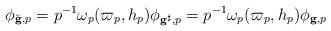
LaTeX: \begin{align*}\phi_{\breve{\mathbf g},p} = p^{-1}\omega_p(\varpi_p, h_p)\phi_{\mathbf g^{\sharp},p} = p^{-1}\omega_p(\varpi_p, h_p)\phi_{\mathbf g,p}\end{align*}